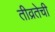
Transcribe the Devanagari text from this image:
तीव्रतेची